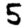
Digit: 5